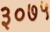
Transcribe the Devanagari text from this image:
३०७५